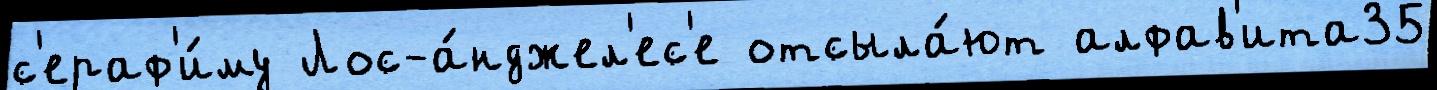
с'ераф'и́му Лос-а́нджел'ес'е отсыла́ют алфав'ита35